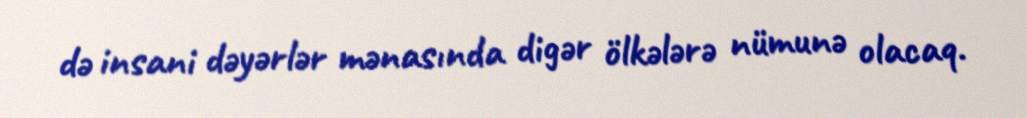
də insani dəyərlər mənasında digər ölkələrə nümunə olacaq.